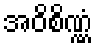
အဝိစိဏ္ဏံ